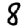
Digit: 8